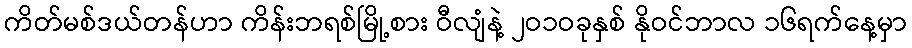
ကိတ်မစ်ဒယ်တန်ဟာ ကိန်းဘရစ်မြို့စား ဝီလျံနဲ့ ၂ဝ၁ဝခုနှစ် နိုဝင်ဘာလ ၁၆ရက်နေ့မှာ